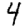
Digit: 4